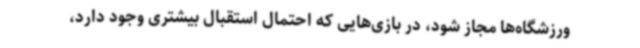
ورزشگاه‌ها مجاز شود، در بازی‌هایی که احتمال استقبال بیشتری وجود دارد،